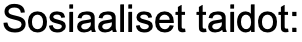
Sosiaaliset taidot: